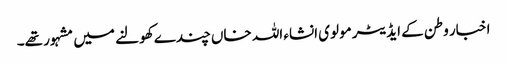
اخبار وطن کے ایڈیٹر مولوی انشاء اللہ خاں چندے کھولنے میں مشہور تھے۔